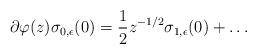
LaTeX: \begin{align*}\partial\varphi(z)\sigma_{0,\epsilon}(0)=\frac{1}{2}z^{-1/2}\sigma_{1,\epsilon}(0) +\ldots\end{align*}